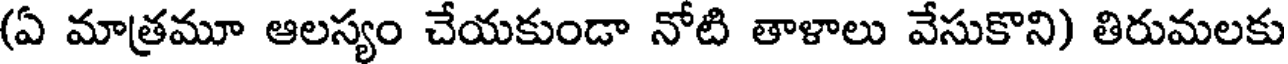
(ఏ మాత్రమూ ఆలస్యం చేయకుండా నోటి తాళాలు వేసుకొని) తిరుమలకు